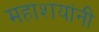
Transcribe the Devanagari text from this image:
महाशयांनी